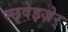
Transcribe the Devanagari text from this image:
स्छ्वेइज़ेर्